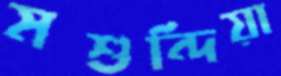
মশুন্দিয়া